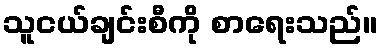
သူငယ်ချင်းစီကို စာရေးသည်။